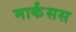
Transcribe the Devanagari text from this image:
मार्कंसस